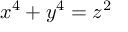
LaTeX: x ^ { 4 } + y ^ { 4 } = z ^ { 2 }